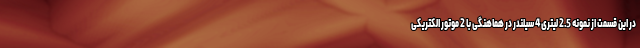
در این قسمت از نمونه 2.5 لیتری 4 سیلندر در هماهنگی با 2 موتور الکتریکی